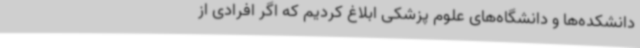
دانشکده‌ها و دانشگاه‌های علوم پزشکی ابلاغ کردیم که اگر افرادی از